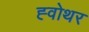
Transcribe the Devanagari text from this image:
ह्वोथर